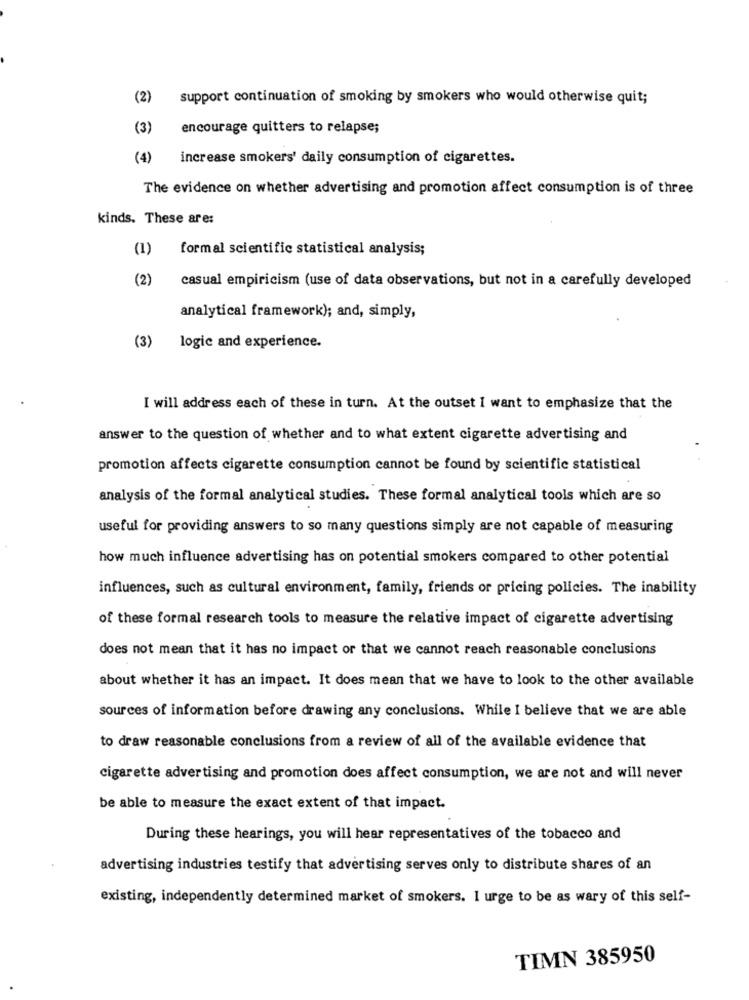
(2)
support continuation of smoking by smokers who would otherwise quit;
(3)
encourage quitters to relapse;
(4)
increase smokers' daily consumption of cigarettes.
The evidence on whether advertising and promotion affect consumption is of three
kinds. These are:
(1)
formal scientific statistical analysis;
(2)
casual empiricism (use of data observations, but not in a carefully developed
analytical framework); and, simply,
(3)
logic and experience.
I will address each of these in turn. At the outset I want to emphasize that the
answer to the question of whether and to what extent cigarette advertising and
promotion affects cigarette consumption cannot be found by scientific statistical
analysis of the formal analytical studies. These formal analytical tools which are so
useful for providing answers to so many questions simply are not capable of measuring
how much influence advertising has on potential smokers compared to other potential
influences, such as cultural environment, family, friends or pricing policies. The inability
of these formal research tools to measure the relative impact of cigarette advertising
does not mean that it has no impact or that we cannot reach reasonable conclusions
about whether it has an impact. It does mean that we have to look to the other available
sources of information before drawing any conclusions. While I believe that we are able
to draw reasonable conclusions from a review of all of the available evidence that
cigarette advertising and promotion does affect consumption, we are not and will never
be able to measure the exact extent of that impact.
During these hearings, you will hear representatives of the tobacco and
advertising industries testify that advertising serves only to distribute shares of an
existing, independently determined market of smokers. I urge to be as wary of this self-
TIMN 385950